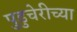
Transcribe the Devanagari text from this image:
पुडुचेरीच्या